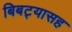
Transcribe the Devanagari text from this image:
बिबट्यासह